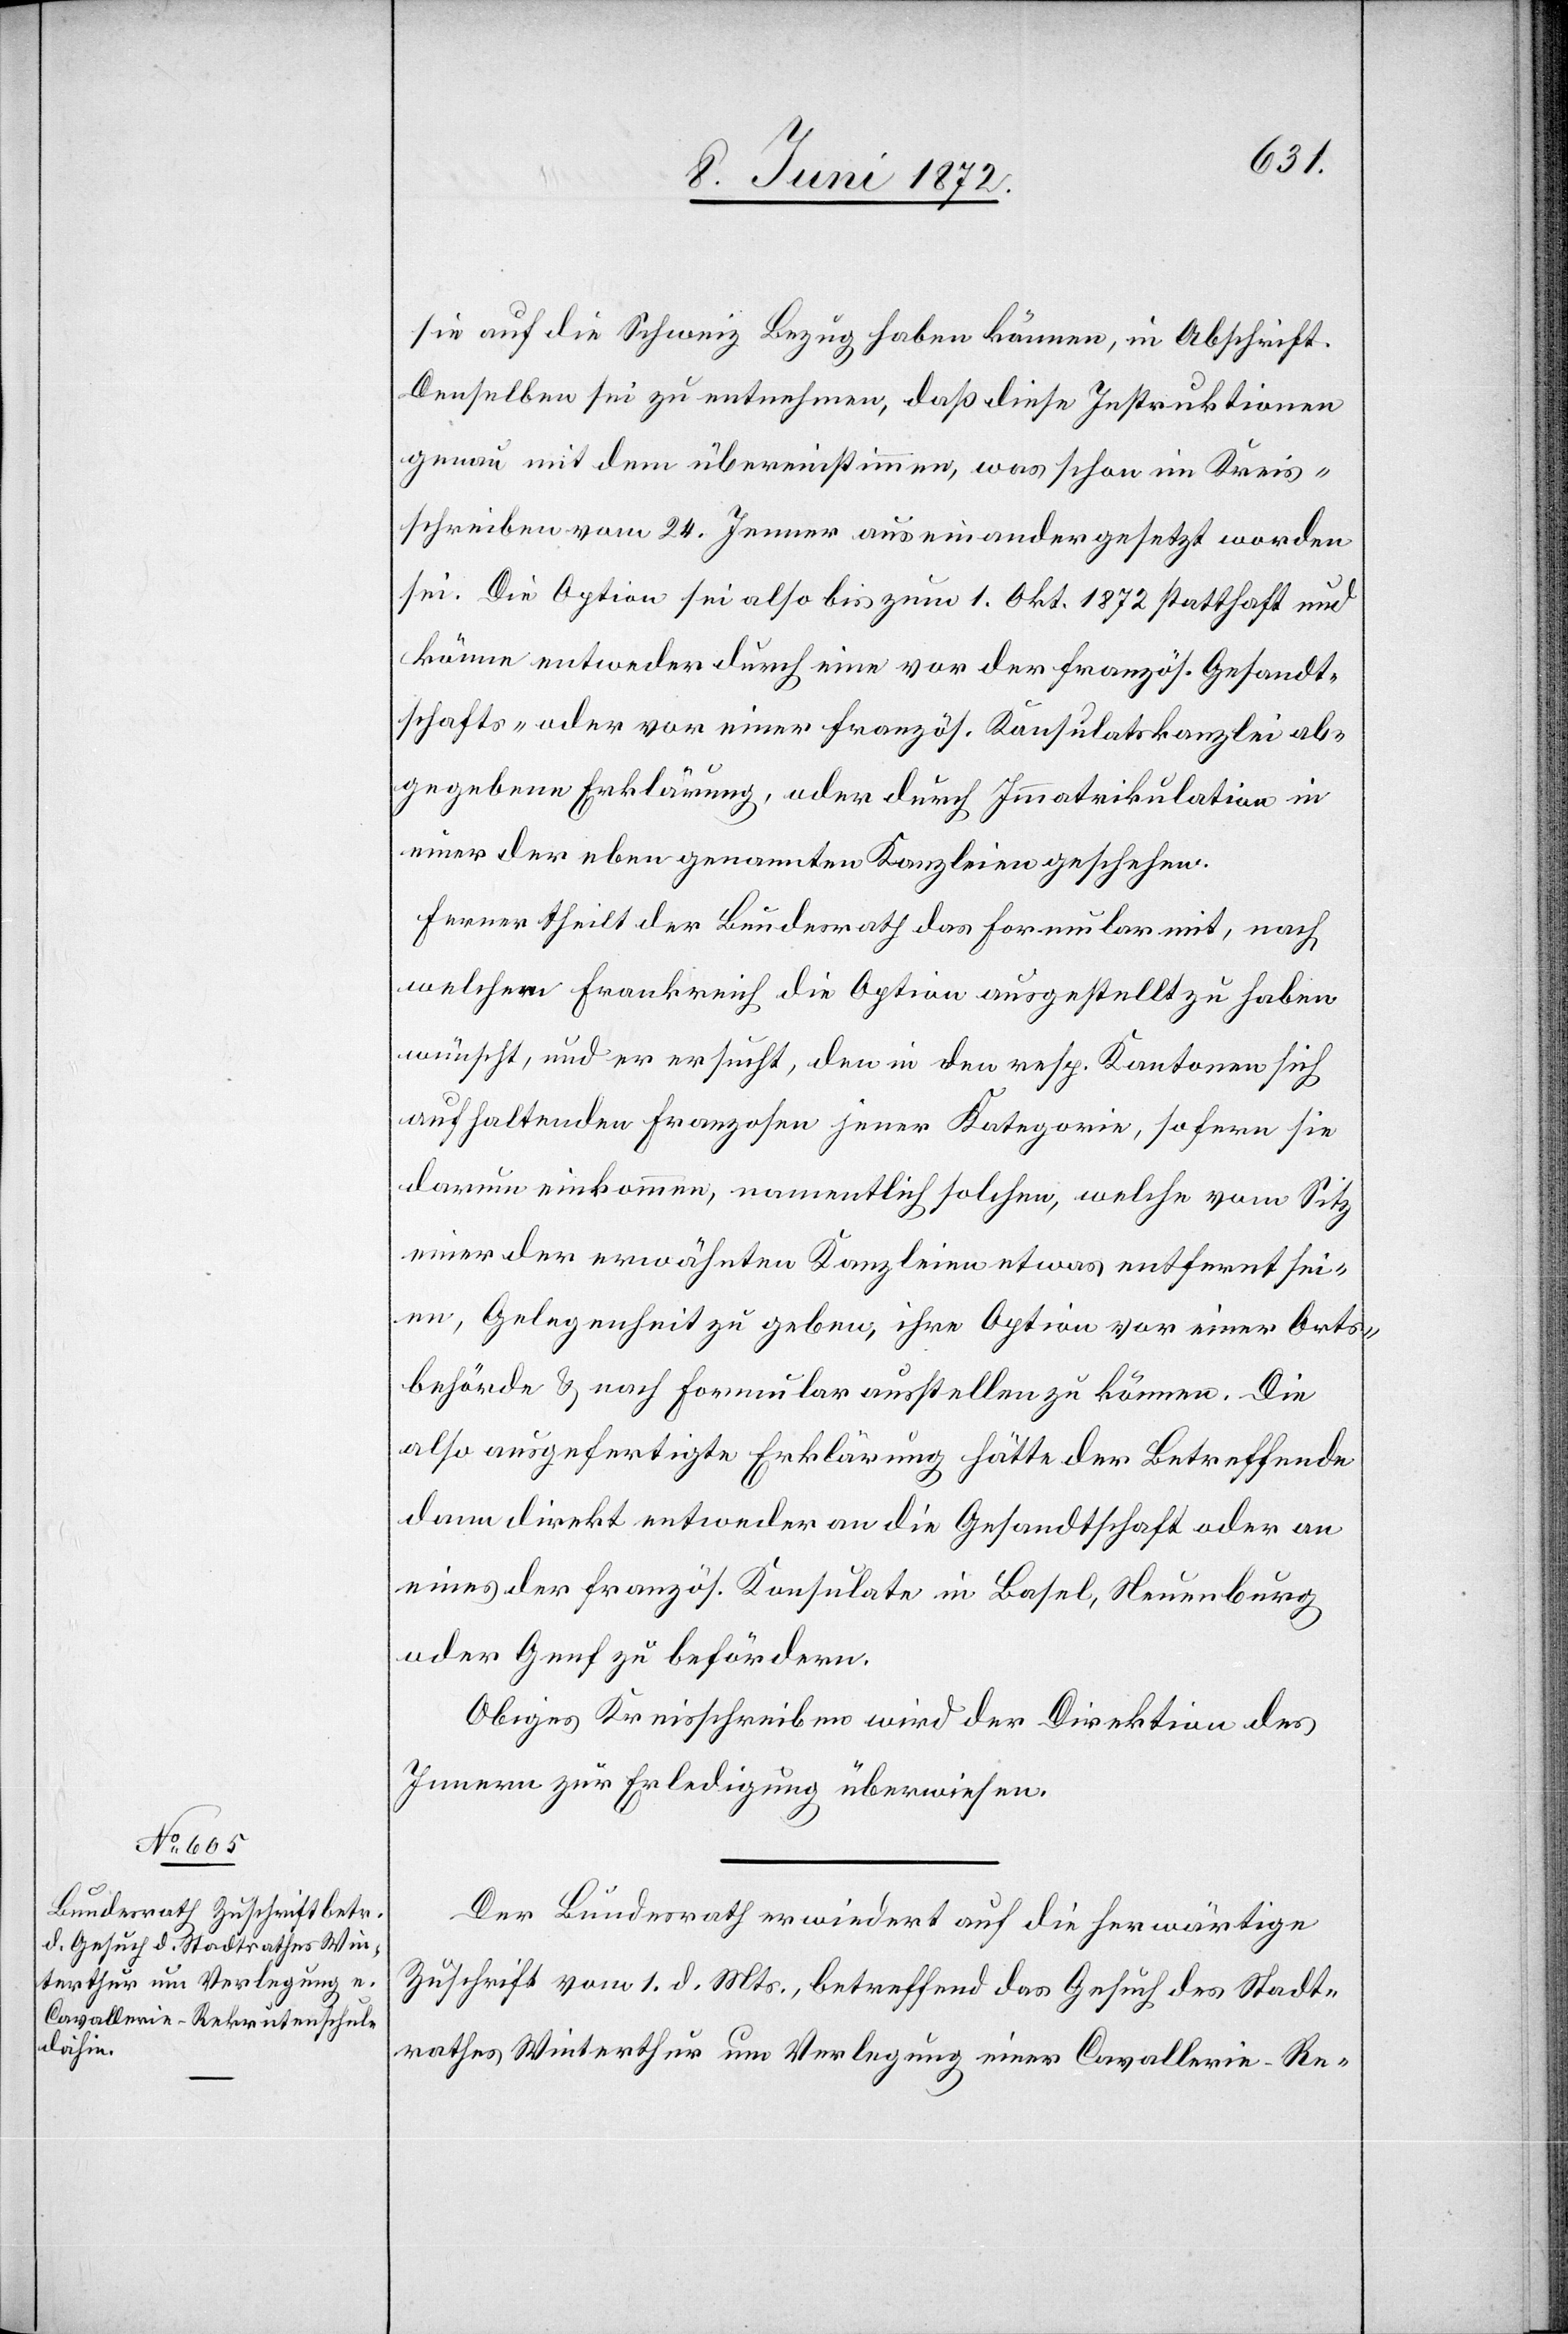
skanzlei

ab¬
sie auf die Schweiz Bezug haben können, in Abschrift.
Denselben sei zu entnehmen, daß diese Instruktionen
genau mit dem übereinstimmen, was schon im Kreis¬
schreiben vom 24. Jenner auseinandergesetzt worden
sei. Die Option sei also bis zum 1. Okt. 1872 statthaft und
könne entweder durch eine vor der französ. Konsulat¬
gegebene Erklärung, oder durch Immatrikulation in
einer der eben genannten Kanzleien geschehen.
Ferner theilt der Bundesrath das Formular mit, nach
welchem Frankreich die Option ausgestellt zu haben
wünscht, und er ersucht, den in den resp. Kantonen sich
aufhaltenden Franzosen jener Kategorie, so fern sie
darum einkommen, namentlich solchen, welche vom Sitz
einer der erwähnten Kanzleien etwas entfernt sei¬
en, Gelegenheit zu geben, ihre Option vor einer Orts¬
behörde u. nach Formular ausstellen zu können. Die
also ausgefertigte Erklärung hätte der Betreffende
dann direkt entweder an die Gesandtschaft oder an
eines der französ. Konsulate in Basel, Neuenburg
oder Genf zu befördern.
Obiges Kreisschreiben wird der Direktion des
Innern zur Erledigung überwiesen.
Der Bundesrath erwiedert auf die herwärtige
Zuschrift vom 1. d. Mts., betreffend das Gesuch des Stadt¬
rathes Winterthur um Verlegung einer Cavallerie-Re-